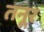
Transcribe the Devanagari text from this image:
तनूर